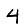
Digit: 4